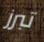
تبرز